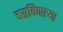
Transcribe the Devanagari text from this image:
वसविणार्‍या